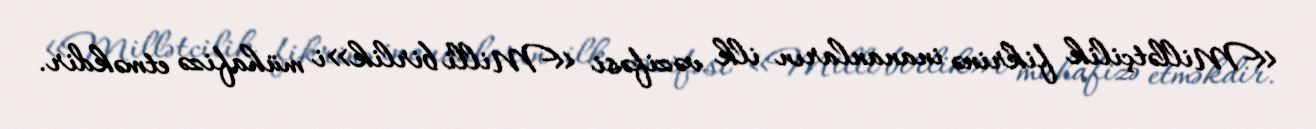
«Millətçilik fikrinə inananların ilk vəzifəsi «Milli birlik»i mühafizə etməkdir.